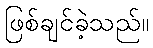
ဖြစ်ချင်ခဲ့သည်။